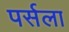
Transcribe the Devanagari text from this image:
पर्सला